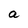
Character: a